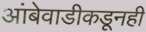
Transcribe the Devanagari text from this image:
आंबेवाडीकडूनही